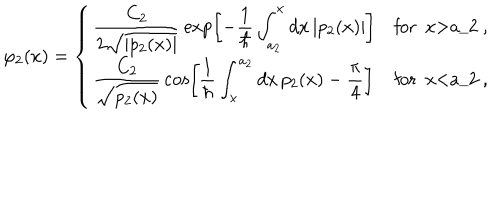
LaTeX: \varphi _ { 2 } ( x ) = \left\{ \left\{ \begin{cases} { { \displaystyle { \frac { C _ { 2 } } { 2 \sqrt { | p _ { 2 } ( x ) | } } } \exp \left[ - { \frac { 1 } { \hbar } } \int _ { a _ { 2 } } ^ { x } d x \, | p _ { 2 } ( x ) | \right] } } & { { f o r x > a _ { 2 } , } } \\ { { \displaystyle { \frac { C _ { 2 } } { \sqrt { p _ { 2 } ( x ) } } } \cos \left[ { \frac { 1 } { \hbar } } \int _ { x } ^ { a _ { 2 } } d x \, p _ { 2 } ( x ) - { \frac { \pi } { 4 } } \right] } } & { { f o r x < a _ { 2 } , } } \\ \end{cases} \right. \right.